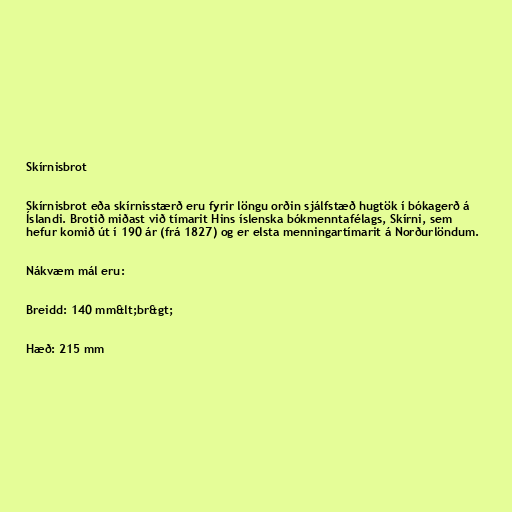
Skírnisbrot

Skírnisbrot eða skírnisstærð eru fyrir löngu orðin sjálfstæð hugtök í bókagerð á
Íslandi. Brotið miðast við tímarit Hins íslenska bókmenntafélags, Skírni, sem
hefur komið út í 190 ár (frá 1827) og er elsta menningartímarit á Norðurlöndum.

Nákvæm mál eru:

Breidd: 140 mm&lt;br&gt;

Hæð: 215 mm